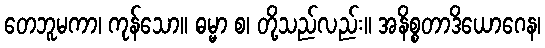
တေဘူမကာ၊ ကုန်သော။ ဓမ္မာ စ၊ တို့သည်လည်း။ အနိစ္စတာဒိယောဂေန၊